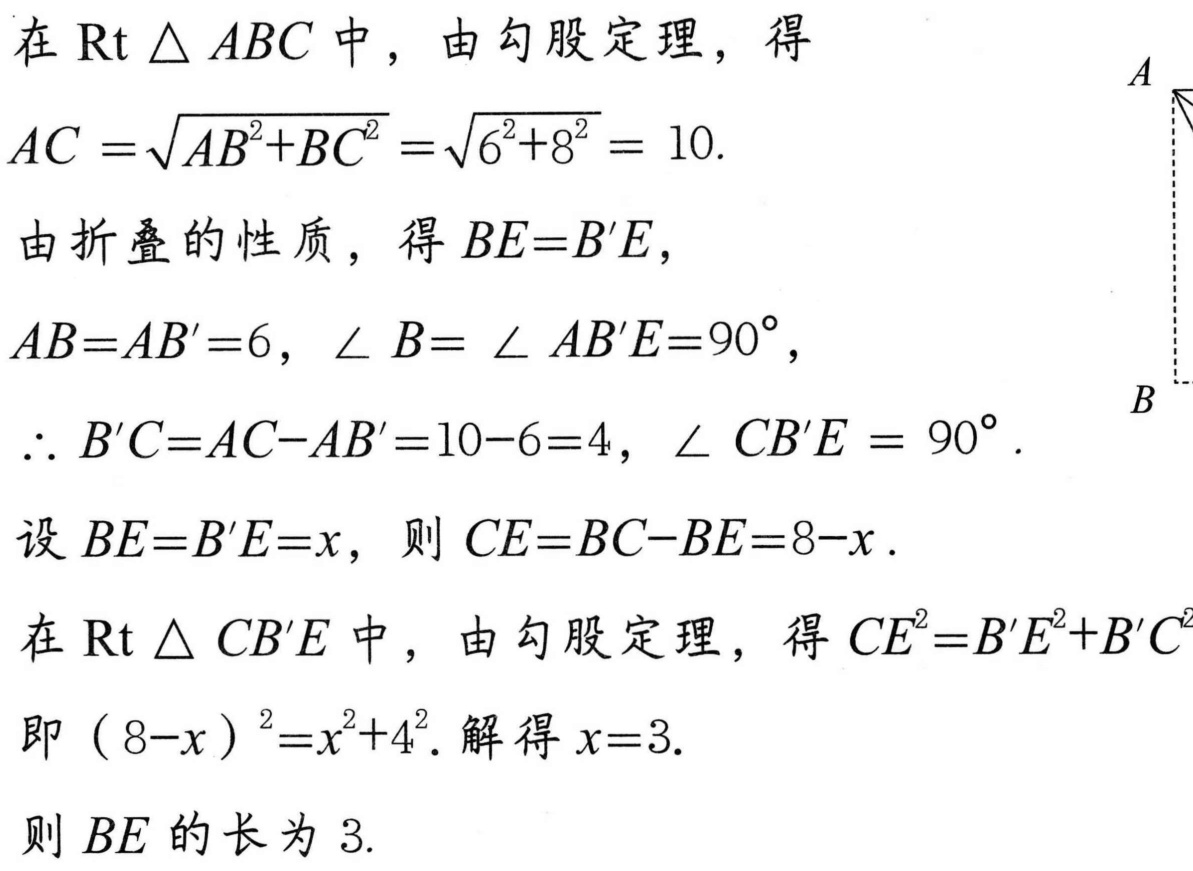
在\(\text{Rt }\triangle ABC\)中，由勾股定理，得
\(AC=\sqrt{AB^{2}+BC^{2}}=\sqrt{6^{2}+8^{2}} = 10\).
由折叠的性质，得\(BE = B'E\)，
\(AB = AB' = 6\)，\(\angle B=\angle AB'E = 90^{\circ}\)，
\(\therefore B'C=AC - AB' = 10 - 6 = 4\)，\(\angle CB'E = 90^{\circ}\).
设\(BE = B'E = x\)，则\(CE=BC - BE = 8 - x\).
在\(\text{Rt }\triangle CB'E\)中，由勾股定理，得\(CE^{2}=B'E^{2}+B'C^{2}\)
即\((8 - x)^{2}=x^{2}+4^{2}\). 解得\(x = 3\).
则\(BE\)的长为\(3\).